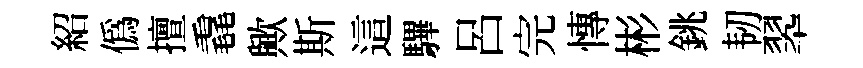
紹僞擅毳歟斯這驆呂完慱彬銚韧翆